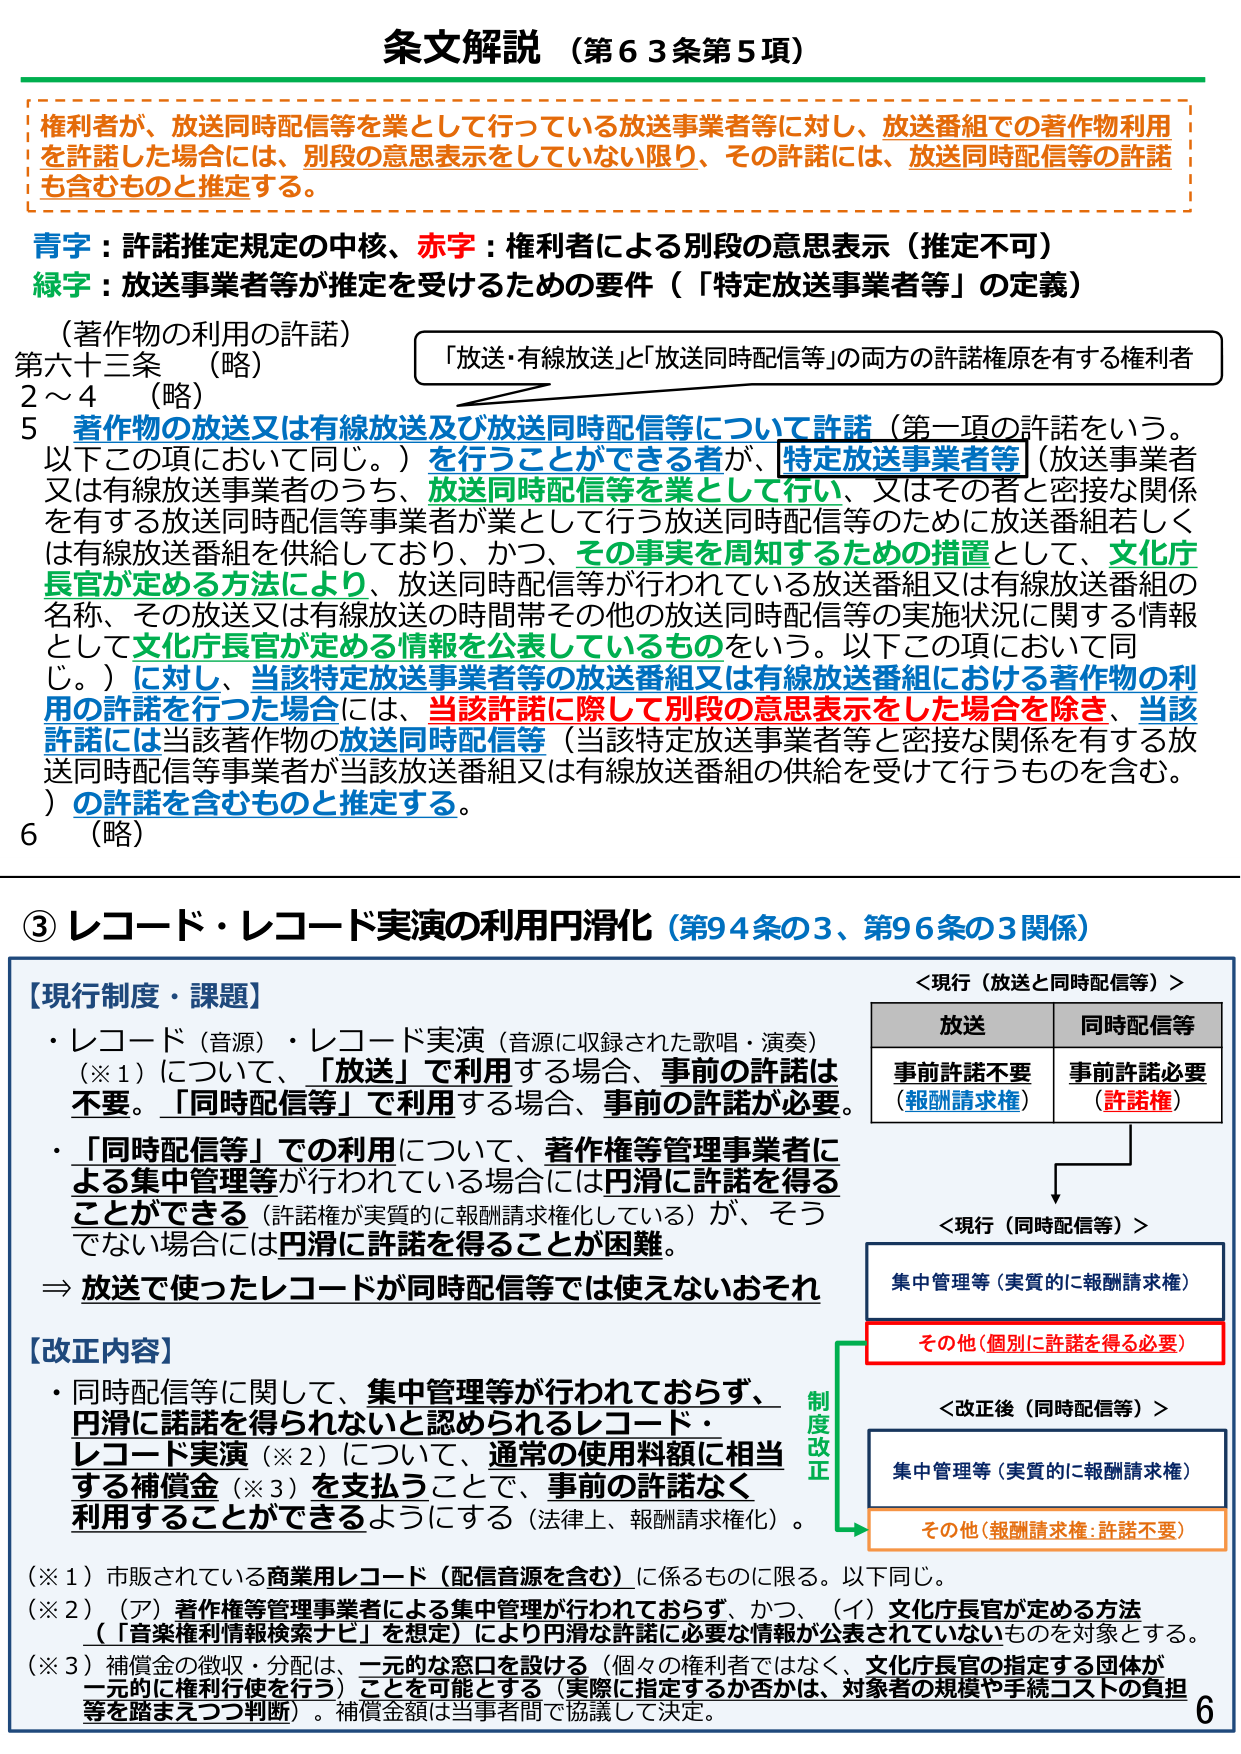
条文解説（第63条第5項）

権利者が、放送同時配信等を業として行っている放送事業者等に対し、放送番組での著作物利用を許諾した場合には、別段の意思表示をしていない限り、その許諾には、放送同時配信等の許諾も含むものと推定する。

青字：許諾推定規定の中核、赤字：権利者による別段の意思表示（推定不可）
緑字：放送事業者等が推定を受けるための要件（「特定放送事業者等」の定義）

（著作物の利用の許諾）
第六十三条 （略）
2～4 （略）
5 著作物の放送又は有線放送及び放送同時配信等について許諾（第一項の許諾をいう。以下この項において同じ。）を行うことができる者が、特定放送事業者等（放送事業者又は有線放送事業者のうち、放送同時配信等を業として行い、又はその者と密接な関係を有する放送同時配信等事業者が業として行う放送同時配信等のために放送番組若しくは有線放送番組を供給しており、かつ、その事実を周知するための措置として、文化庁長官が定める方法により、放送同時配信等が行われている放送番組又は有線放送番組の名称、その放送又は有線放送の時間帯その他その放送同時配信等の実施状況に関する情報として文化庁長官が定める情報を公表しているもの）をいう。以下この項において同じ。）に対し、当該特定放送事業者等の放送番組又は有線放送番組における著作物の利用の許諾を行った場合には、当該許諾に際して別段の意思表示をした場合を除き、当該許諾には当該著作物の放送同時配信等（当該特定放送事業者等と密接な関係を有する放送同時配信等事業者が当該放送番組又は有線放送番組の供給を受けて行うものを含む。）の許諾を含むものと推定する。
6 （略）

③ レコード・レコード実演の利用円滑化（第94条の3、第96条の3関係）

【現行制度・課題】
・レコード（音源）・レコード実演（音源に収録された歌唱・演奏）（※1）について、「放送」で利用する場合、事前の許諾は不要。「同時配信等」で利用する場合、事前の許諾が必要。
・「同時配信等」での利用について、著作権等管理事業者による集中管理等が行われている場合には円滑に許諾を得ることができる（許諾権が実質的に報酬請求権化している）が、そうでない場合には円滑に許諾を得ることが困難。
⇒ 放送で使ったレコードが同時配信等では使えないおそれ

【改正内容】
・同時配信等に関して、集中管理等が行われておらず、円滑に諾許を得られないと認められるレコード・レコード実演（※2）について、通常の使用料額に相当する補償金（※3）を支払うことで、事前の許諾なく利用することができるようになる（法律上、報酬請求権化）。

（※1）市販されている商用レコード（配信音源を含む）に係るものに限る。以下同じ。
（※2）（ア）著作権等管理事業者による集中管理が行われておらず、かつ、（イ）文化庁長官が定める方法（「音楽権利情報検索ナビ」を想定）により円滑な許諾に必要な情報が公表されていないものを対象とする。
（※3）補償金の徴収・分配は、一元的な窓口を設ける（個々の権利者ではなく、文化庁長官の指定する団体が一元的に権利行使を行う）ことを可能とする（実際に指定するか否かは、対象者の規模や手続コストの負担等を踏まえつつ判断）。補償金額は当事者間で協議して決定。

＜現行（放送と同時配信等）＞
放送　　　　　　　同時配信等
事前許諾不要　　　事前許諾必要
（報酬請求権）　　（許諾権）

＜現行（同時配信等）＞
集中管理等（実質的に報酬請求権）
その他（個別に許諾を得る必要）

制度改正
＜改正後（同時配信等）＞
集中管理等（実質的に報酬請求権）
その他（報酬請求権：許諾不要）

6